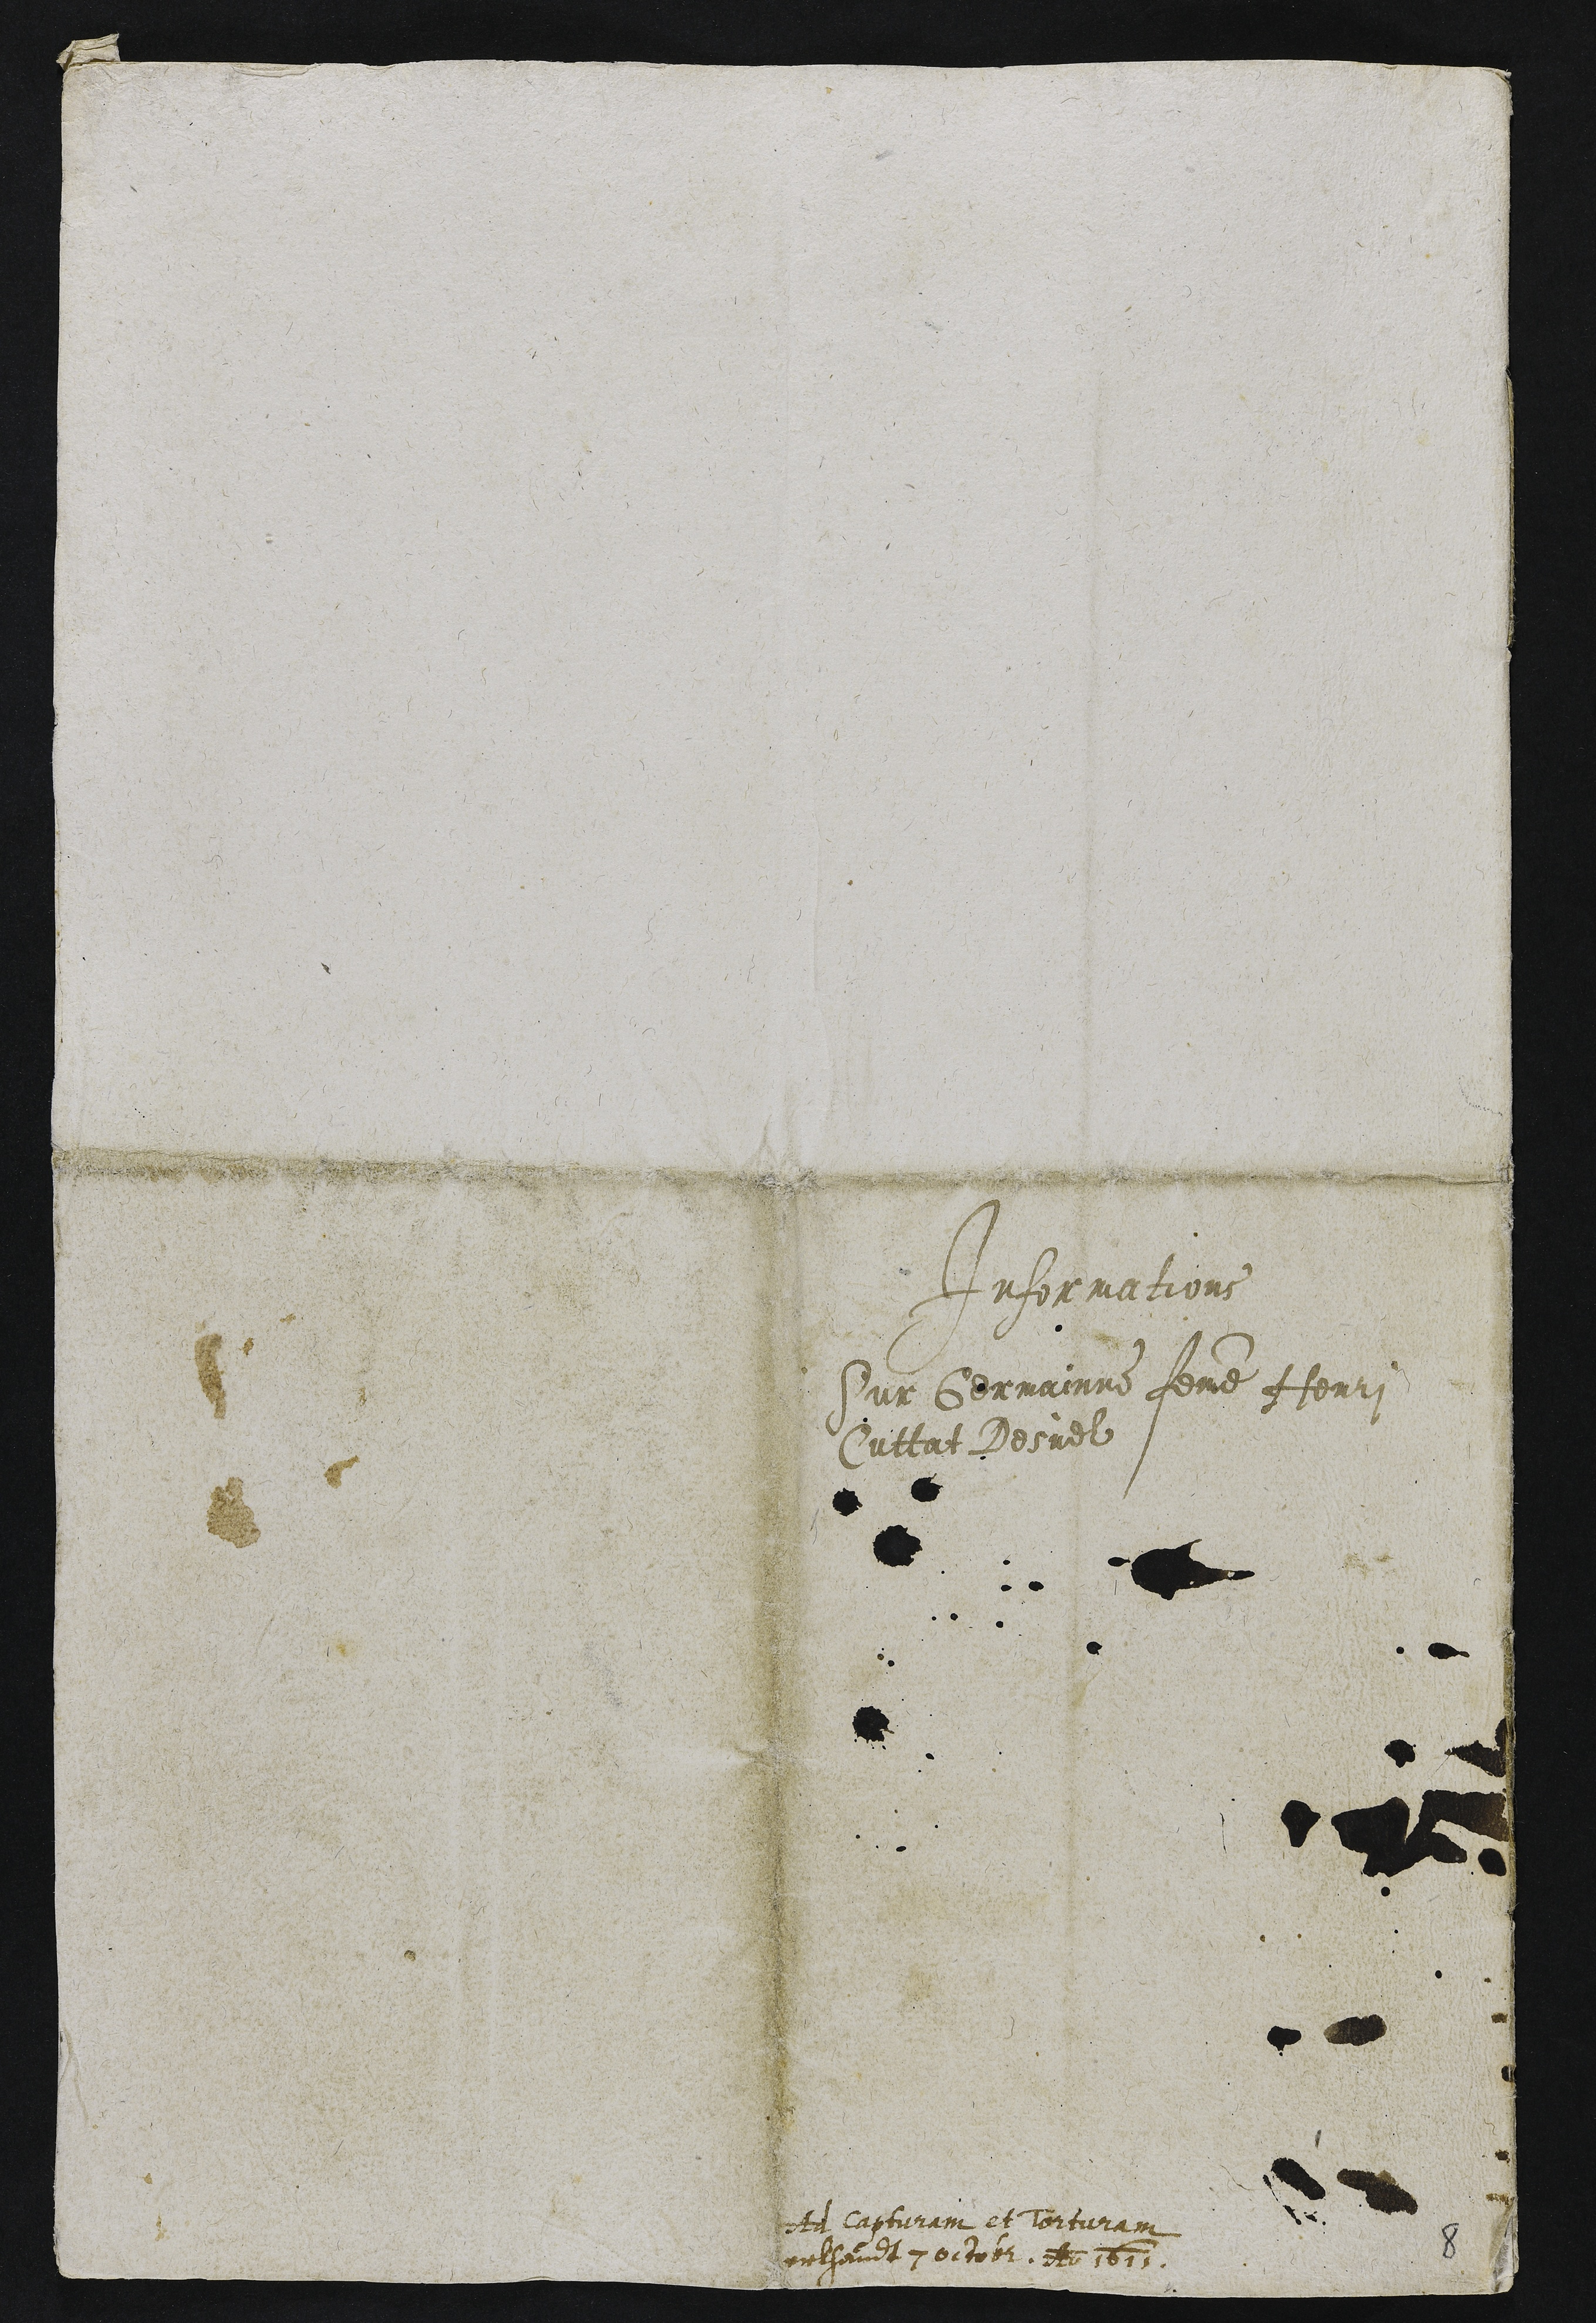
Informations
Sur Germainne femme Henri
Cuttat Desuel

et d capturam et torturam
relhandt 7 octobr. et 1611

8